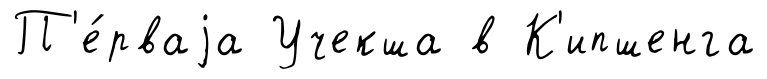
П'е́рваjа Учекша в К'ипшенга